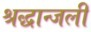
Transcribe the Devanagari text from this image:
श्रद्धान्जली